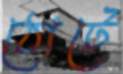
ঠোটে